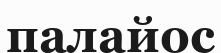
палайос